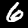
Label: 6